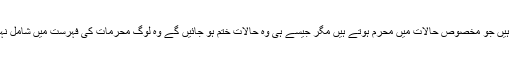
محرم وصی: محرم وصی یا وصفی وہ محرم ہوتے ہیں جو مخصوص حالات میں محرم ہوتے ہیں مگر جیسے ہی وہ حالات ختم ہو جائیں گے وہ لوگ محرمات کی فہرست میں شامل نہیں رہیں گے اور اجنبی یا غیر محرم ہو جائیں گے۔